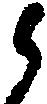
候